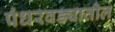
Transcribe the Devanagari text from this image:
पंधरवड्यातील